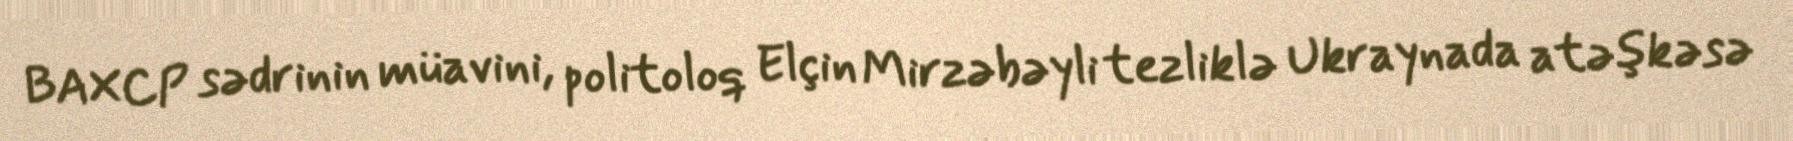
BAXCP sədrinin müavini, politoloq Elçin Mirzəbəyli tezliklə Ukraynada atəşkəsə